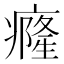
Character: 癃